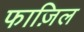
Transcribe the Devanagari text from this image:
फाज़िल